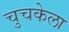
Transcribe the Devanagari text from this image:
चुचकेला